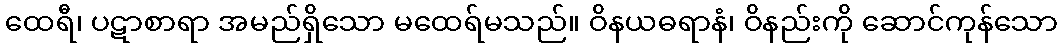
ထေရီ၊ ပဋာစာရာ အမည်ရှိသော မထေရ်မသည်။ ဝိနယဓရာနံ၊ ဝိနည်းကို ဆောင်ကုန်သော